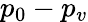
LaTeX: p_{0}-p_{v}